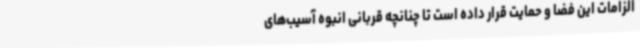
الزامات این فضا و حمایت قرار داده است تا چنانچه قربانی انبوه آسیب‌های